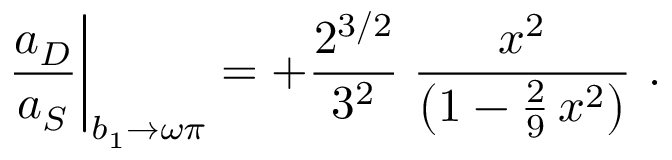
{ \frac { a _ { D } } { a _ { S } } } \bigg | _ { b _ { 1 } \to \omega \pi } = + { \frac { 2 ^ { 3 / 2 } } { 3 ^ { 2 } } } \; { \frac { x ^ { 2 } } { \big ( 1 - { \frac { 2 } { 9 } } \, x ^ { 2 } \big ) } } \ .